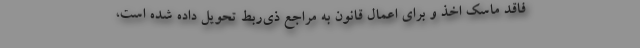
فاقد ماسک اخذ و برای اعمال قانون به مراجع ذی‌ربط تحویل داده شده است،